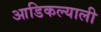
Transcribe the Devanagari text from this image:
आडिकल्याली